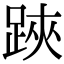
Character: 𨁂